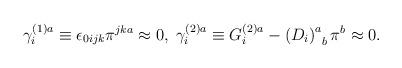
LaTeX: \begin{align*}\gamma _i^{(1)a}\equiv \epsilon _{0ijk}\pi ^{jka}\approx0,\;\gamma _i^{(2)a}\equiv G_i^{(2)a}-\left( D_i\right) _{\;\;b}^a\pi^b\approx 0.\end{align*}